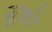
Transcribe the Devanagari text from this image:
ग्रूको